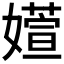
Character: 𫱽